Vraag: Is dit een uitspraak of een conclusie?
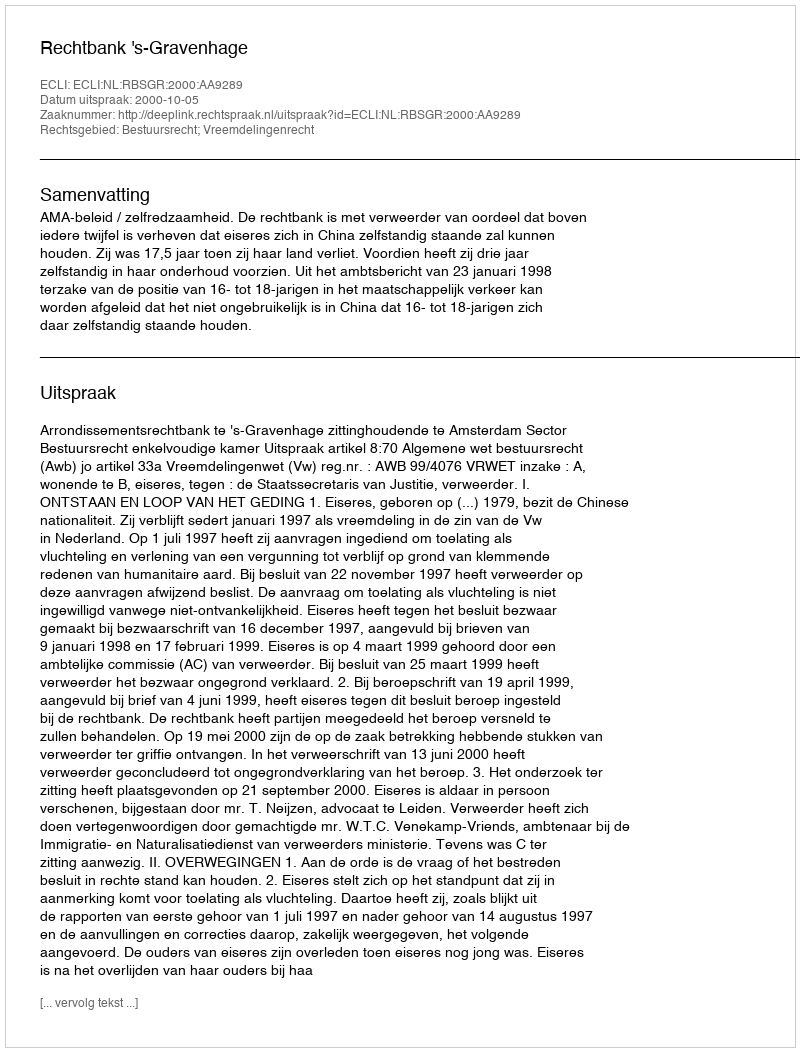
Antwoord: Uitspraak